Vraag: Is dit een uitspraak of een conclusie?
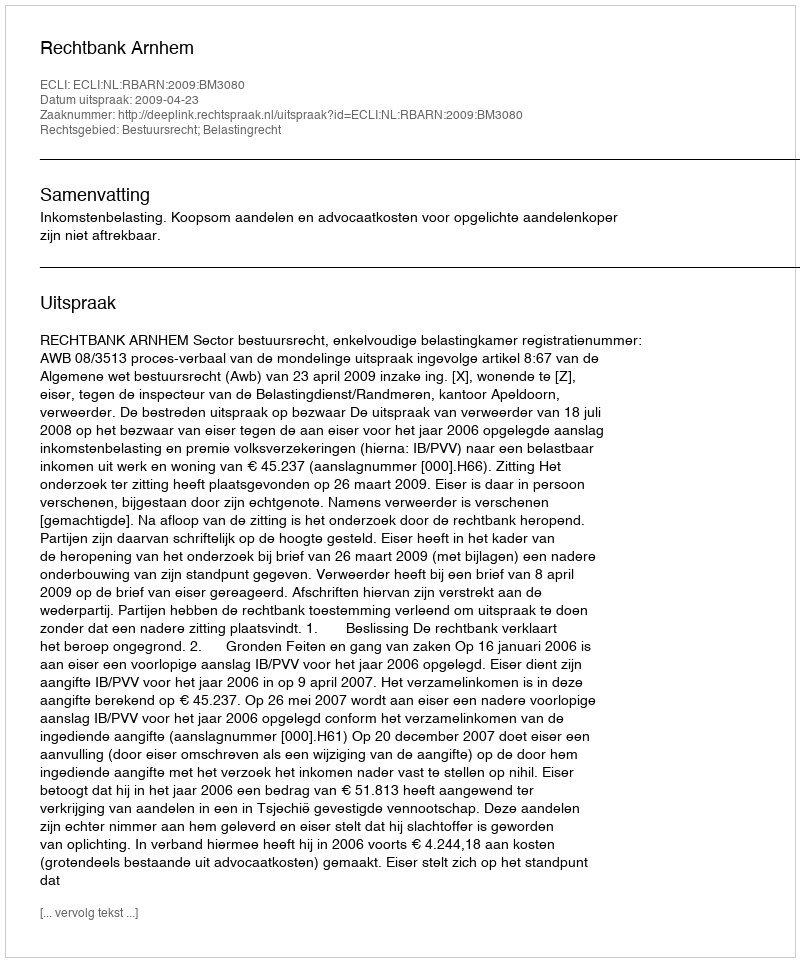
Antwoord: Uitspraak